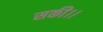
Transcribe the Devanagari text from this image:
सकी।।